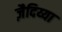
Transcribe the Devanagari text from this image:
ज़ैदिय्या